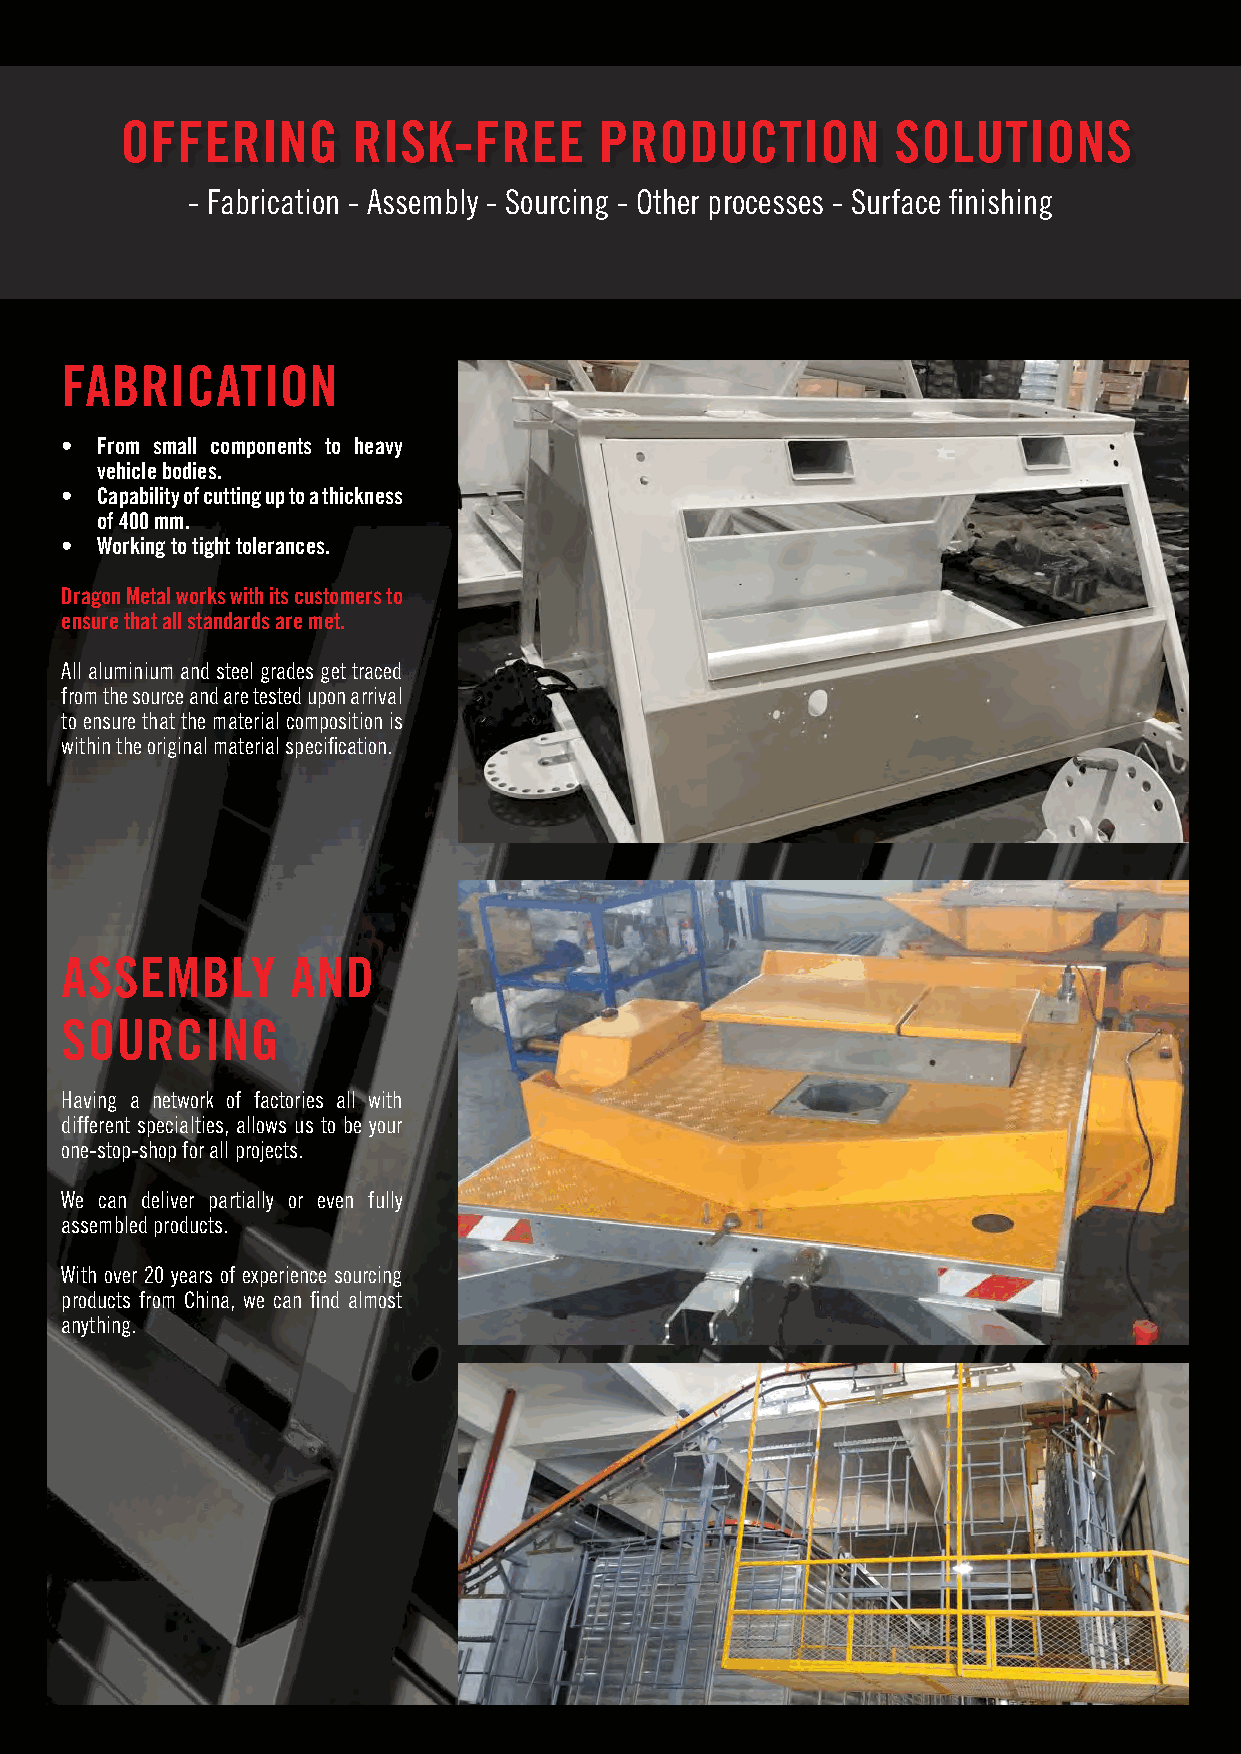
OFFERING       RISK-FREE        PRODUCTION         SOLUTIONS
 - Fabrication - Assembly - Sourcing - Other processes - Surface finishing
 FABRICATION
 • From small components to heavy
 vehicle bodies.
 • Capability of cutting up to a thickness
 of 400 mm.
 • Working to tight tolerances.
 Dragon Metal works with its customers to
 ensure that all standards are met.
 All aluminium and steel grades get traced
 from the source and are tested upon arrival
 to ensure that the material composition is
 within the original material specification.
 ASSEMBLY       AND
 SOURCING
 Having a network of factories all with
 different specialties, allows us to be your
 one-stop-shop for all projects.
 We can deliver partially or even fully
 assembled products.
 With over 20 years of experience sourcing
 products from China, we can find almost
 anything.